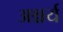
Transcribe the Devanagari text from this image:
अश्चर्य